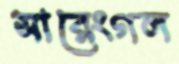
সারেংগল